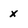
Character: x